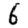
Digit: 6